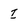
Character: I